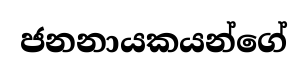
ජනනායකයන්ගේ